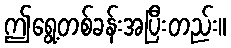
ဤရွေ့တစ်ခန်းအပြီးတည်း။